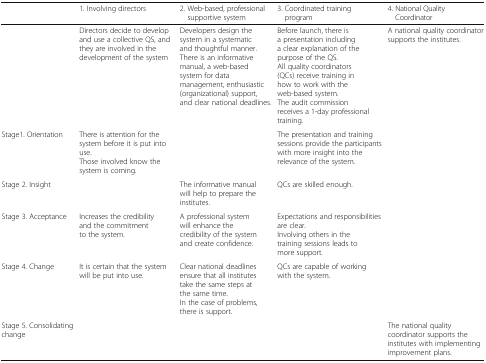
|  | 1. Involving directors | 2. Web-based, professional supportive system | 3. Coordinated training program | 4. National Quality Coordinator |
 | --- | --- | --- | --- | --- |
 |  | Directors decide to develop and use a collective QS, and they are involved in the development of the system | Developers design the system in a systematic and thoughtful manner.There is an informative manual, a web-based system for data management, enthusiastic (organizational) support, and clear national deadlines. | Before launch, there is a presentation including a clear explanation of the purpose of the QS.All quality coordinators (QCs) receive training in how to work with the web-based system.The audit commission receives a 1-day professional training. | A national quality coordinator supports the institutes. |
 | Stage1. Orientation | There is attention for the system before it is put into use.Those involved know the system is coming. |  | The presentation and training sessions provide the participants with more insight into the relevance of the system. |  |
 | Stage 2. Insight |  | The informative manual will help to prepare the institutes. | QCs are skilled enough. |  |
 | Stage 3. Acceptance | Increases the credibility and the commitment to the system. | A professional system will enhance the credibility of the system and create confidence. | Expectations and responsibilities are clear.Involving others in the training sessions leads to more support. |  |
 | Stage 4. Change | It is certain that the system will be put into use. | Clear national deadlines ensure that all institutes take the same steps at the same time.In the case of problems, there is support. | QCs are capable of working with the system. |  |
 | Stage 5. Consolidating change |  |  |  | The national quality coordinator supports the institutes with implementing improvement plans. |